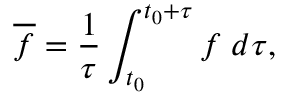
\overline { { f } } = \frac { 1 } { \tau } \int _ { t _ { 0 } } ^ { t _ { 0 } + \tau } f \; d \tau ,